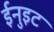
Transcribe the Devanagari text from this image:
ईनुइट